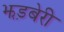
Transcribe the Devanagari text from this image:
झड़बेरी